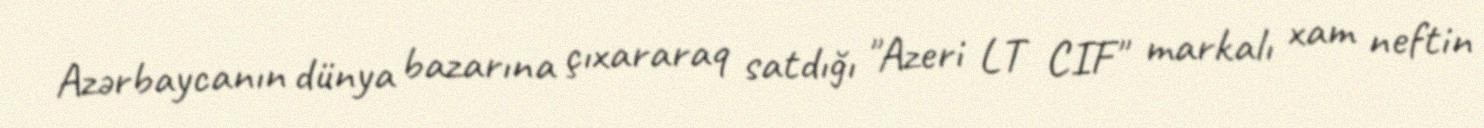
Azərbaycanın dünya bazarına çıxararaq satdığı "Azeri LT CIF" markalı xam neftin